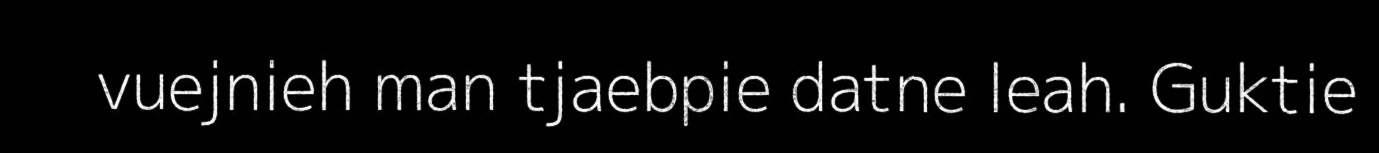
vuejnieh man tjaebpie datne leah. Guktie